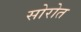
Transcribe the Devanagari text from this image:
सोरोत